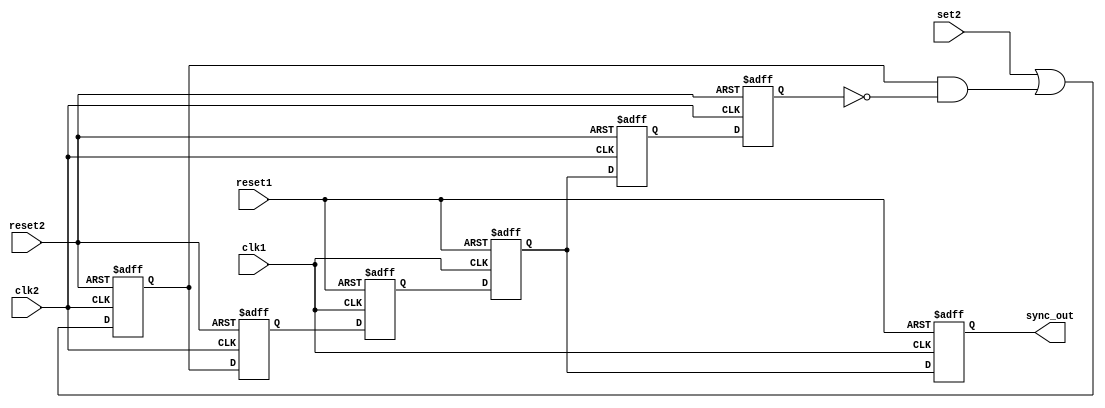
module dbg_sync_clk1_clk2 (clk1, clk2, reset1, reset2, set2, sync_out);

parameter   Tp = 1;

input   clk1;
input   clk2;
input   reset1;
input   reset2;
input   set2;

output  sync_out;

reg     set2_q;
reg     set2_q2;
reg     set1_q;
reg     set1_q2;
reg     clear2_q;
reg     clear2_q2;
reg     sync_out;

wire    z;

assign z = set2 | set2_q & ~clear2_q2;


// Latching and synchronizing "set" to clk2
always @ (posedge clk2 or posedge reset2)
begin
  if(reset2)
    set2_q <=#Tp 1'b0;
  else
    set2_q <=#Tp z;
end


always @ (posedge clk2 or posedge reset2)
begin
  if(reset2)
    set2_q2 <=#Tp 1'b0;
  else
    set2_q2 <=#Tp set2_q;
end


// Synchronizing "set" to clk1
always @ (posedge clk1 or posedge reset1)
begin
  if(reset1)
    set1_q <=#Tp 1'b0;
  else
    set1_q <=#Tp set2_q2;
end


always @ (posedge clk1 or posedge reset1)
begin
  if(reset1)
    set1_q2 <=#Tp 1'b0;
  else
    set1_q2 <=#Tp set1_q;
end


// Synchronizing "clear" to clk2
always @ (posedge clk2 or posedge reset2)
begin
  if(reset2)
    clear2_q <=#Tp 1'b0;
  else
    clear2_q <=#Tp set1_q2;
end


always @ (posedge clk2 or posedge reset2)
begin
  if(reset2)
    clear2_q2 <=#Tp 1'b0;
  else
    clear2_q2 <=#Tp clear2_q;
end


always @ (posedge clk1 or posedge reset1)
begin
  if(reset1)
    sync_out <=#Tp 1'b0;
  else
    sync_out <=#Tp set1_q2;
end

endmodule